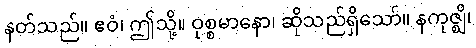
နတ်သည်။ ဧဝံ၊ ဤသို့။ ဝုစ္စမာနော၊ ဆိုသည်ရှိသော်။ နကုဇ္ဈိ၊